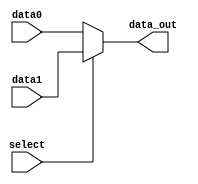
module MUX32(
	//Outputs
	output reg [31:0]data_out,
	//Inputs
	input [31:0]data0,
	input [31:0]data1,
	input select
);
always @(*) begin
	if(select)begin
		data_out <= data1;
	end else begin
		data_out <= data0;
	end
end
	
endmodule